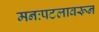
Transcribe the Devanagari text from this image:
मनःपटलावरून